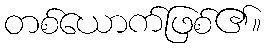
တစ်ယောက်ဖြစ်၏။